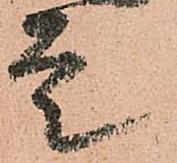
是